Report on sanitation, dispensaries, and jails in Rajputana for 1911, and on vaccination for the year 1911-1912 - 1911-1912
Year: 1911
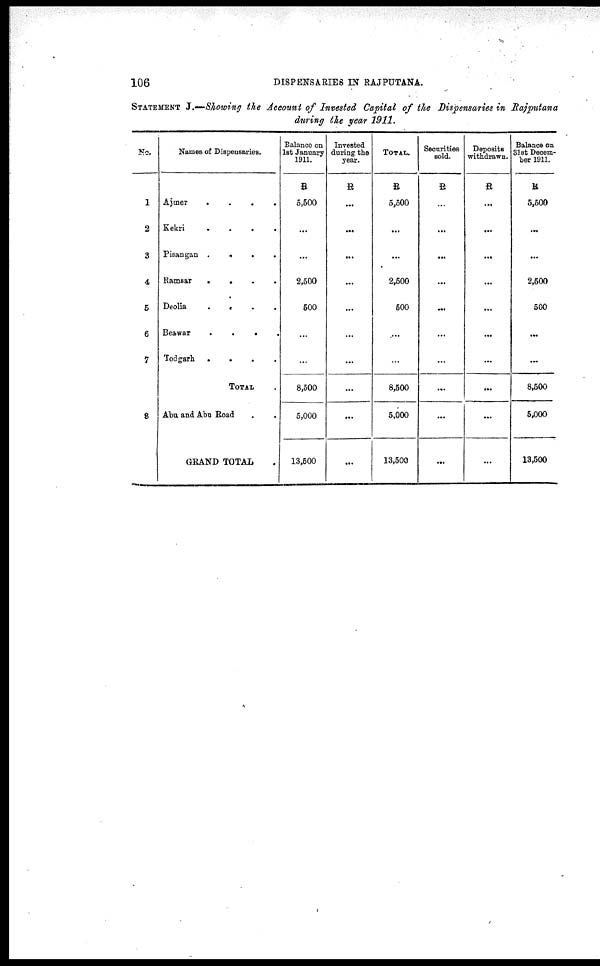
106
DISPENSARIES IN RAJPUTANA.
STATEMENT J.—Showing the Account of Invested Capital of the Dispensaries in Rajputana
during the year 1911.
No.
1
2
3
4
5
6
7
8
Names of Dispensaries.
Ajmer
.
.
.
.
Kekri
.
.
.
.
Pisangan .
.
.
.
Ramsar
.
.
.
.
Deolia
. . . .
Beawar
. . . .
Todgarh . .
.
.
.
TOTAL .
Abu and Abu Road . .
GRAND TOTAL .
Balance on
1st January
1911.
R
5,500
...
...
2,500
500
...
...
8,500
5,000
13,500
Invested
during the
year.
R
...
...
...
...
...
...
...
...
...
...
TOTAL.
R
5,500
...
...
2,500
500
...
...
8,500
5,000
13,500
Securities
sold.
R
...
...
...
...
...
...
...
...
...
...
Deposits
withdrawn.
R
...
...
...
...
...
...
...
...
...
...
Balance on
31st Decem-
ber 1911.
R
5,500
...
...
2,500
500
...
...
8,500
5,000
13,500